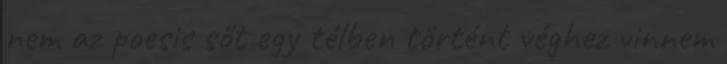
nem az poesis sőt egy télben történt véghez vinnem